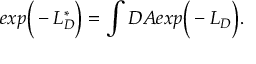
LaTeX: e x p \bigg ( - L _ { D } ^ { * } \bigg ) = \int { \cal D } A e x p \bigg ( - L _ { D } \bigg ) .